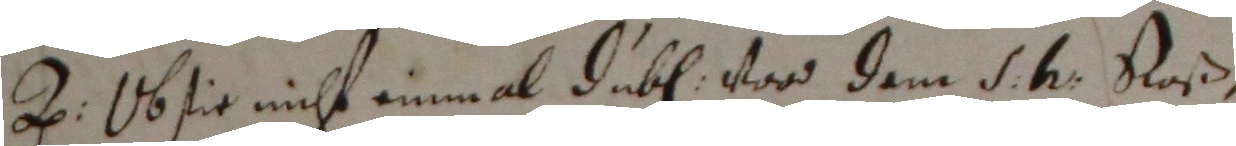
e. ob sie nicht einmal duben vor dem 1 hg raß